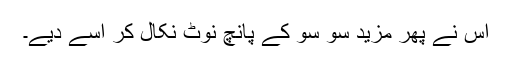
اس نے پھر مزید سو سو کے پانچ نوٹ نکال کر اسے دیے۔